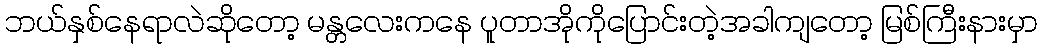
ဘယ်နှစ်နေရာလဲဆိုတော့ မန္တလေးကနေ ပူတာအိုကိုပြောင်းတဲ့အခါကျတော့ မြစ်ကြီးနားမှာ